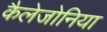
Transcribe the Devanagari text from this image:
कैलेजोनिया